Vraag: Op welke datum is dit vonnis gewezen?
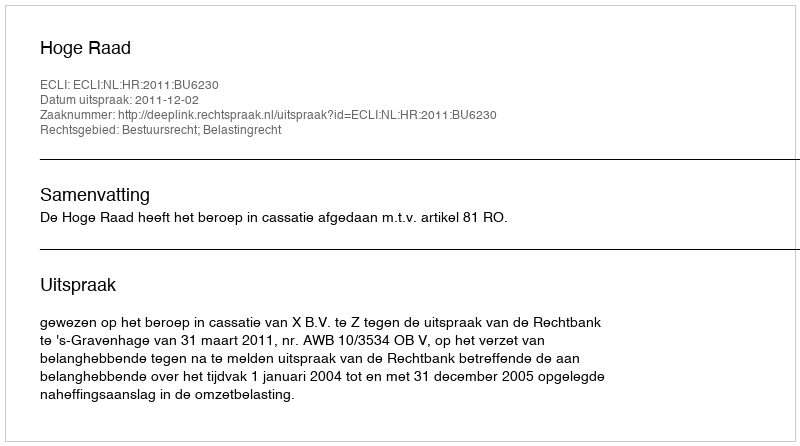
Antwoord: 2011-12-02